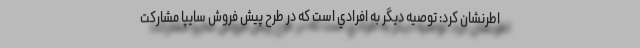
اطرنشان كرد: توصيه ديگر به افرادي است كه در طرح پيش فروش سايپا مشاركت